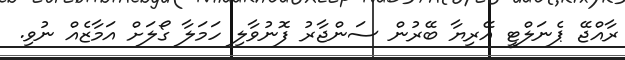
ރާއްޖޭ ޕެނަލްޓީ އޭރިޔާ ބޭރުން ސަންޖާރު ފޮނުވާލި ހަމަލާ ގޯލަށް އަމާޒެއް ނުވި.